Indian journal of veterinary science and animal husbandry - Volume 6,
Year: 1936
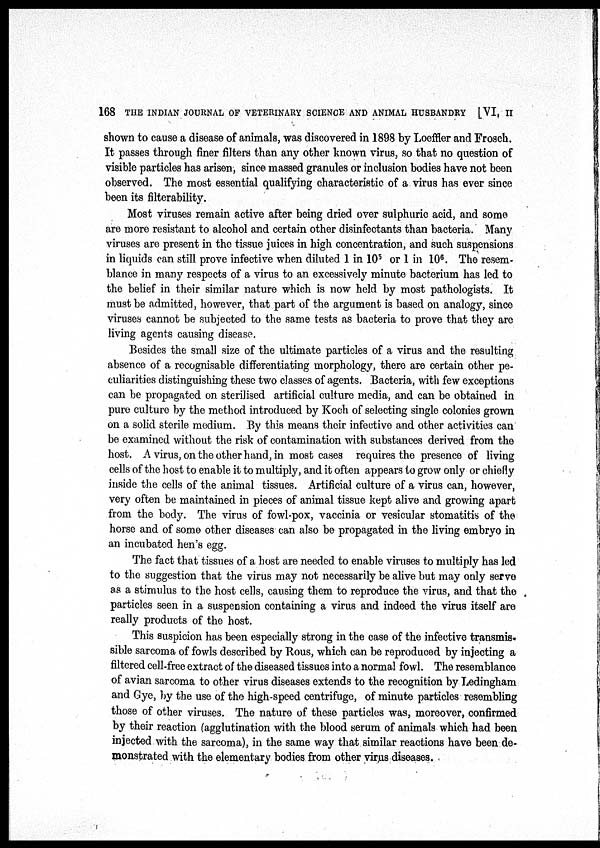
168 THE INDIAN JOURNAL OF VETERINARY SCIENCE AND ANIMAL HUSBANDRY [VI, II
shown to cause a disease of animals, was discovered in 1898 by Loeffler and Frosch.
It passes through finer filters than any other known virus, so that no question of
visible particles has arisen, since massed granules or inclusion bodies have not been
observed. The most essential qualifying characteristic of a virus has ever since
been its filterability.
Most viruses remain active after being dried over sulphuric acid, and some
are more resistant to alcohol and certain other disinfectants than bacteria. Many
viruses are present in the tissue juices in high concentration, and such suspensions
in liquids can still prove infective when diluted 1 in 10 5 or 1 in 10 6 . The resem-
blance in many respects of a virus to an excessively minute bacterium has led to
the belief in their similar nature which is now held by most pathologists. It
must be admitted, however, that part of the argument is based on analogy, since
viruses cannot be subjected to the same tests as bacteria to prove that they are
living agents causing disease.
Besides the small size of the ultimate particles of a virus and the resulting
absence of a recognisable differentiating morphology, there are certain other pe-
culiarities distinguishing these two classes of agents. Bacteria, with few exceptions
can be propagated on sterilised artificial culture media, and can be obtained in
pure culture by the method introduced by Koch of selecting single colonies grown
on a solid sterile medium. By this means their infective and other activities can
be examined without the risk of contamination with substances derived from the
host. A virus, on the other hand, in most cases requires the presence of living
cells of the host to enable it to multiply, and it often appears to grow only or chiefly
inside the cells of the animal tissues. Artificial culture of a virus can, however,
very often be maintained in pieces of animal tissue kept alive and growing apart
from the body. The virus of fowl-pox, vaccinia or vesicular stomatitis of the
horse and of some other diseases can also be propagated in the living embryo in
an incubated hen s egg.
The fact that tissues of a host are needed to enable viruses to multiply has led
to the suggestion that the virus may not necessarily be alive but may only serve
as a stimulus to the host cells, causing them to reproduce the virus, and that the
particles seen in a suspension containing a virus and indeed the virus itself are
really products of the host.
This suspicion has been especially strong in the case of the infective transmis¬
sible sarcoma of fowls described by Rous, which can be reproduced by injecting a
filtered cell-free extract of the diseased tissues into a normal fowl. The resemblance
of avian sarcoma to other virus diseases extends to the recognition by Ledingham
and Gye, by the use of the high-speed centrifuge, of minute particles resembling
those of other viruses. The nature of these particles was, moreover, confirmed
by their reaction (agglutination with the blood serum of animals which had been
injected with the sarcoma), in the same way that similar reactions have been de-
monstrated with the elementary bodies from other virus diseases.